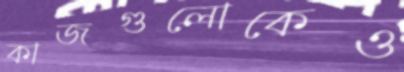
কাজগুলোকেও